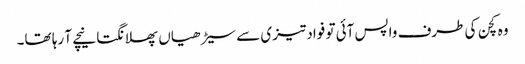
وہ کچن کی طرف واپس آئی تو فواد تیزی سے سیڑھیاں پھلانگتا نیچے آ رہا تھا۔